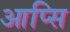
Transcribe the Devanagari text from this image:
आप्सि